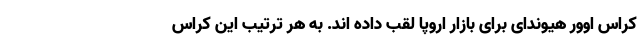
کراس اوور هیوندای برای بازار اروپا لقب داده اند. به هر ترتیب این کراس